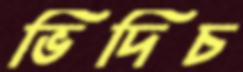
ভিদিচ